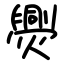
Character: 爂